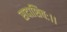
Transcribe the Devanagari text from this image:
सदाशिवः।।